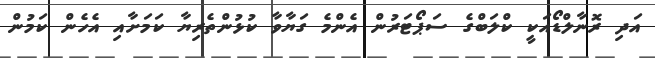
އަދި ރޮނާލްޑޯއަކީ ކްލަބްގެ ސަޕޯޓަރުން އެންމެ ގަޔާވާ ކުޅުންތެރިޔާ ކަމަށާއި އެހެން ކަމުން